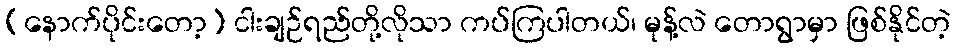
(နောက်ပိုင်းတော့) ငါးချဉ်ရည်တို့လိုသာ ကပ်ကြပါတယ်၊ မုန့်လဲ တောရွာမှာ ဖြစ်နိုင်တဲ့